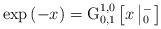
LaTeX: \begin{align*}\exp \left( -x \right)=\operatorname{G}_{0,1}^{1,0}\left[ x\left| _{0}^{-} \right. \right]\end{align*}